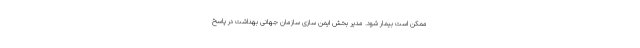
ممکن است بیمار شود. مدیر بخش ایمن سازی سازمان جهانی بهداشت در پاسخ